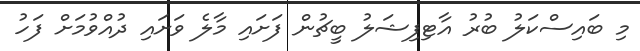
މި ބައިސްކަލު ބުރު އާޓިފިޝަލު ބީޗުން ފަށައި މާލެ ވަށައި ދުއްވުމަށް ފަހު